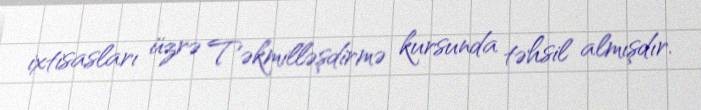
ixtisasları üzrə Təkmilləşdirmə kursunda təhsil almışdır.